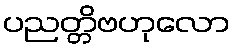
ပညတ္တိဗဟုလော